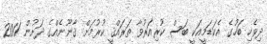
ދިވެހި ބަހުގެ އެކަޑަމީއަކީ ބަސް ކުރިއަރުވާ ތަރައްޤީ ކުރުމަށް ޤާނޫނެއްގެ ދަށުން 2011